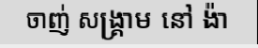
ចាញ់ សង្គ្រាម នៅ ង៉ា